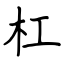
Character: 杠